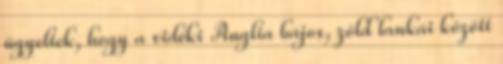
ügyeltek, hogy a vidéki Anglia bájos, zöld lankái között